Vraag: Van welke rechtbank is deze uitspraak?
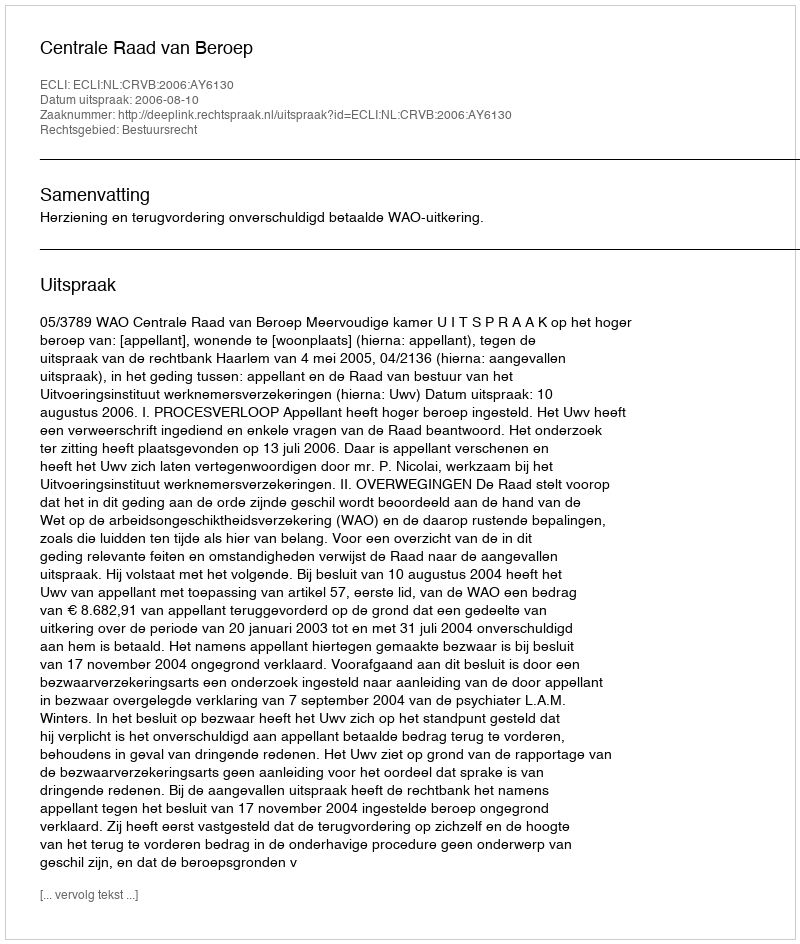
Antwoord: Centrale Raad van Beroep